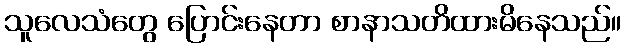
သူလေသံတွေ ပြောင်းနေတာ စာနာသတိထားမိနေသည်။